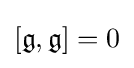
[{\mathfrak {g}},{\mathfrak {g}}]=0